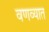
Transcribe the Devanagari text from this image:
वणव्यात